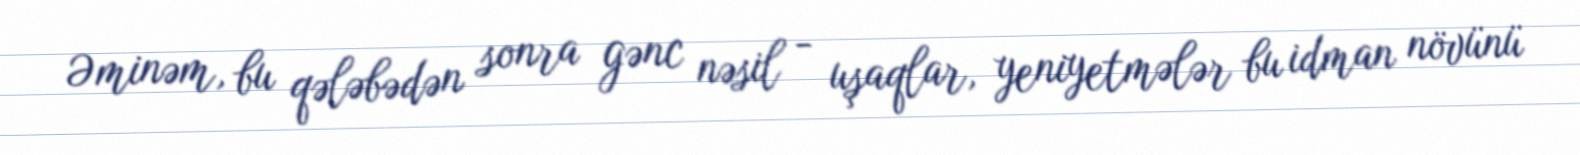
Əminəm, bu qələbədən sonra gənc nəsil - uşaqlar, yeniyetmələr bu idman növünü